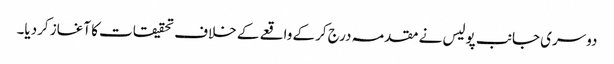
دوسری جانب پولیس نے مقدمہ درج کرکے واقعے کے خلاف تحقیقات کا آغاز کردیا۔